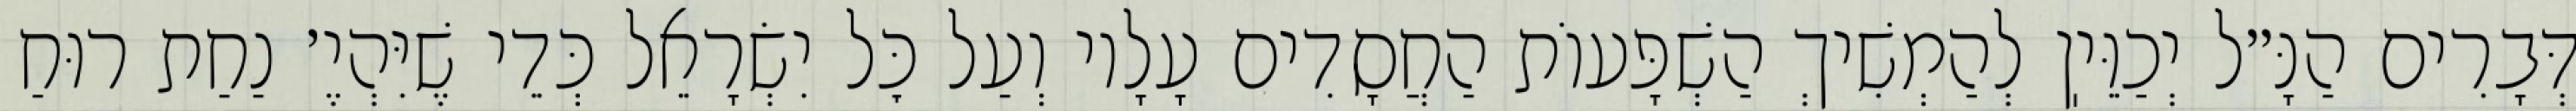
דְּבָרִים הַנָּ״ל יְכַוֵּיֽן לְהַמְשִׁיךְ הַשְׁפָּעוֹת הַחֲסָדִים עָלָיו וְעַל כׇּל יִשְׂרָאֵל כְּדֵי שֶׁיִּהְיֶ׳ נַחַת רוּחַ